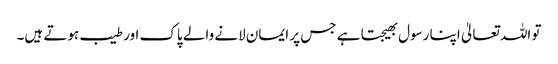
تو اللہ تعالیٰ اپنا رسول بھیجتا ہے جس پر ایمان لانے والے پاک اور طیب ہوتے ہیں۔